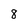
Character: 8